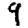
Digit: 9